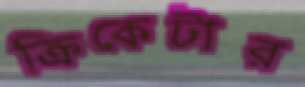
ক্রিকেটার